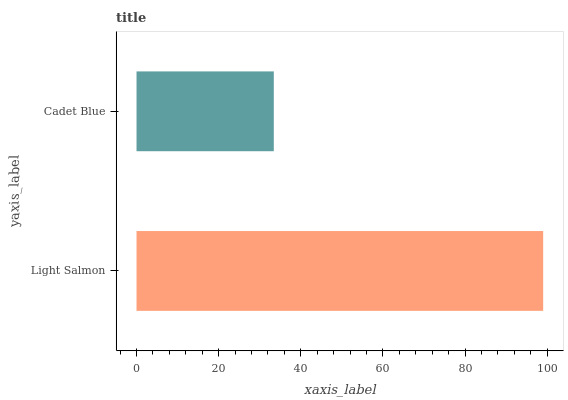
| yaxis_label | bars |
 | --- | --- |
 | Light Salmon | 99 |
 | Cadet Blue | 33.4 |